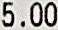
5.00